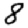
Digit: 8